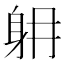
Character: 𨈜